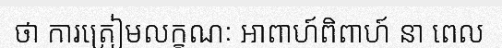
ថា ការត្រៀមលក្ខណៈ អាពាហ៍ពិពាហ៍ នា ពេល